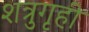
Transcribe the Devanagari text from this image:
शत्रुगृही